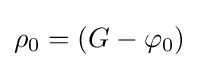
\rho _{0}=(G-\varphi _{0})